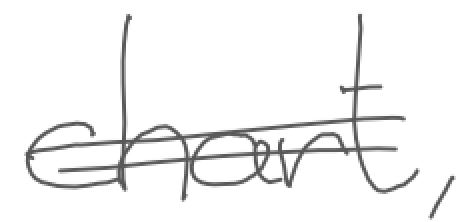
Text: chart,
Cross-out: double-line
Writing tool: digital_gray